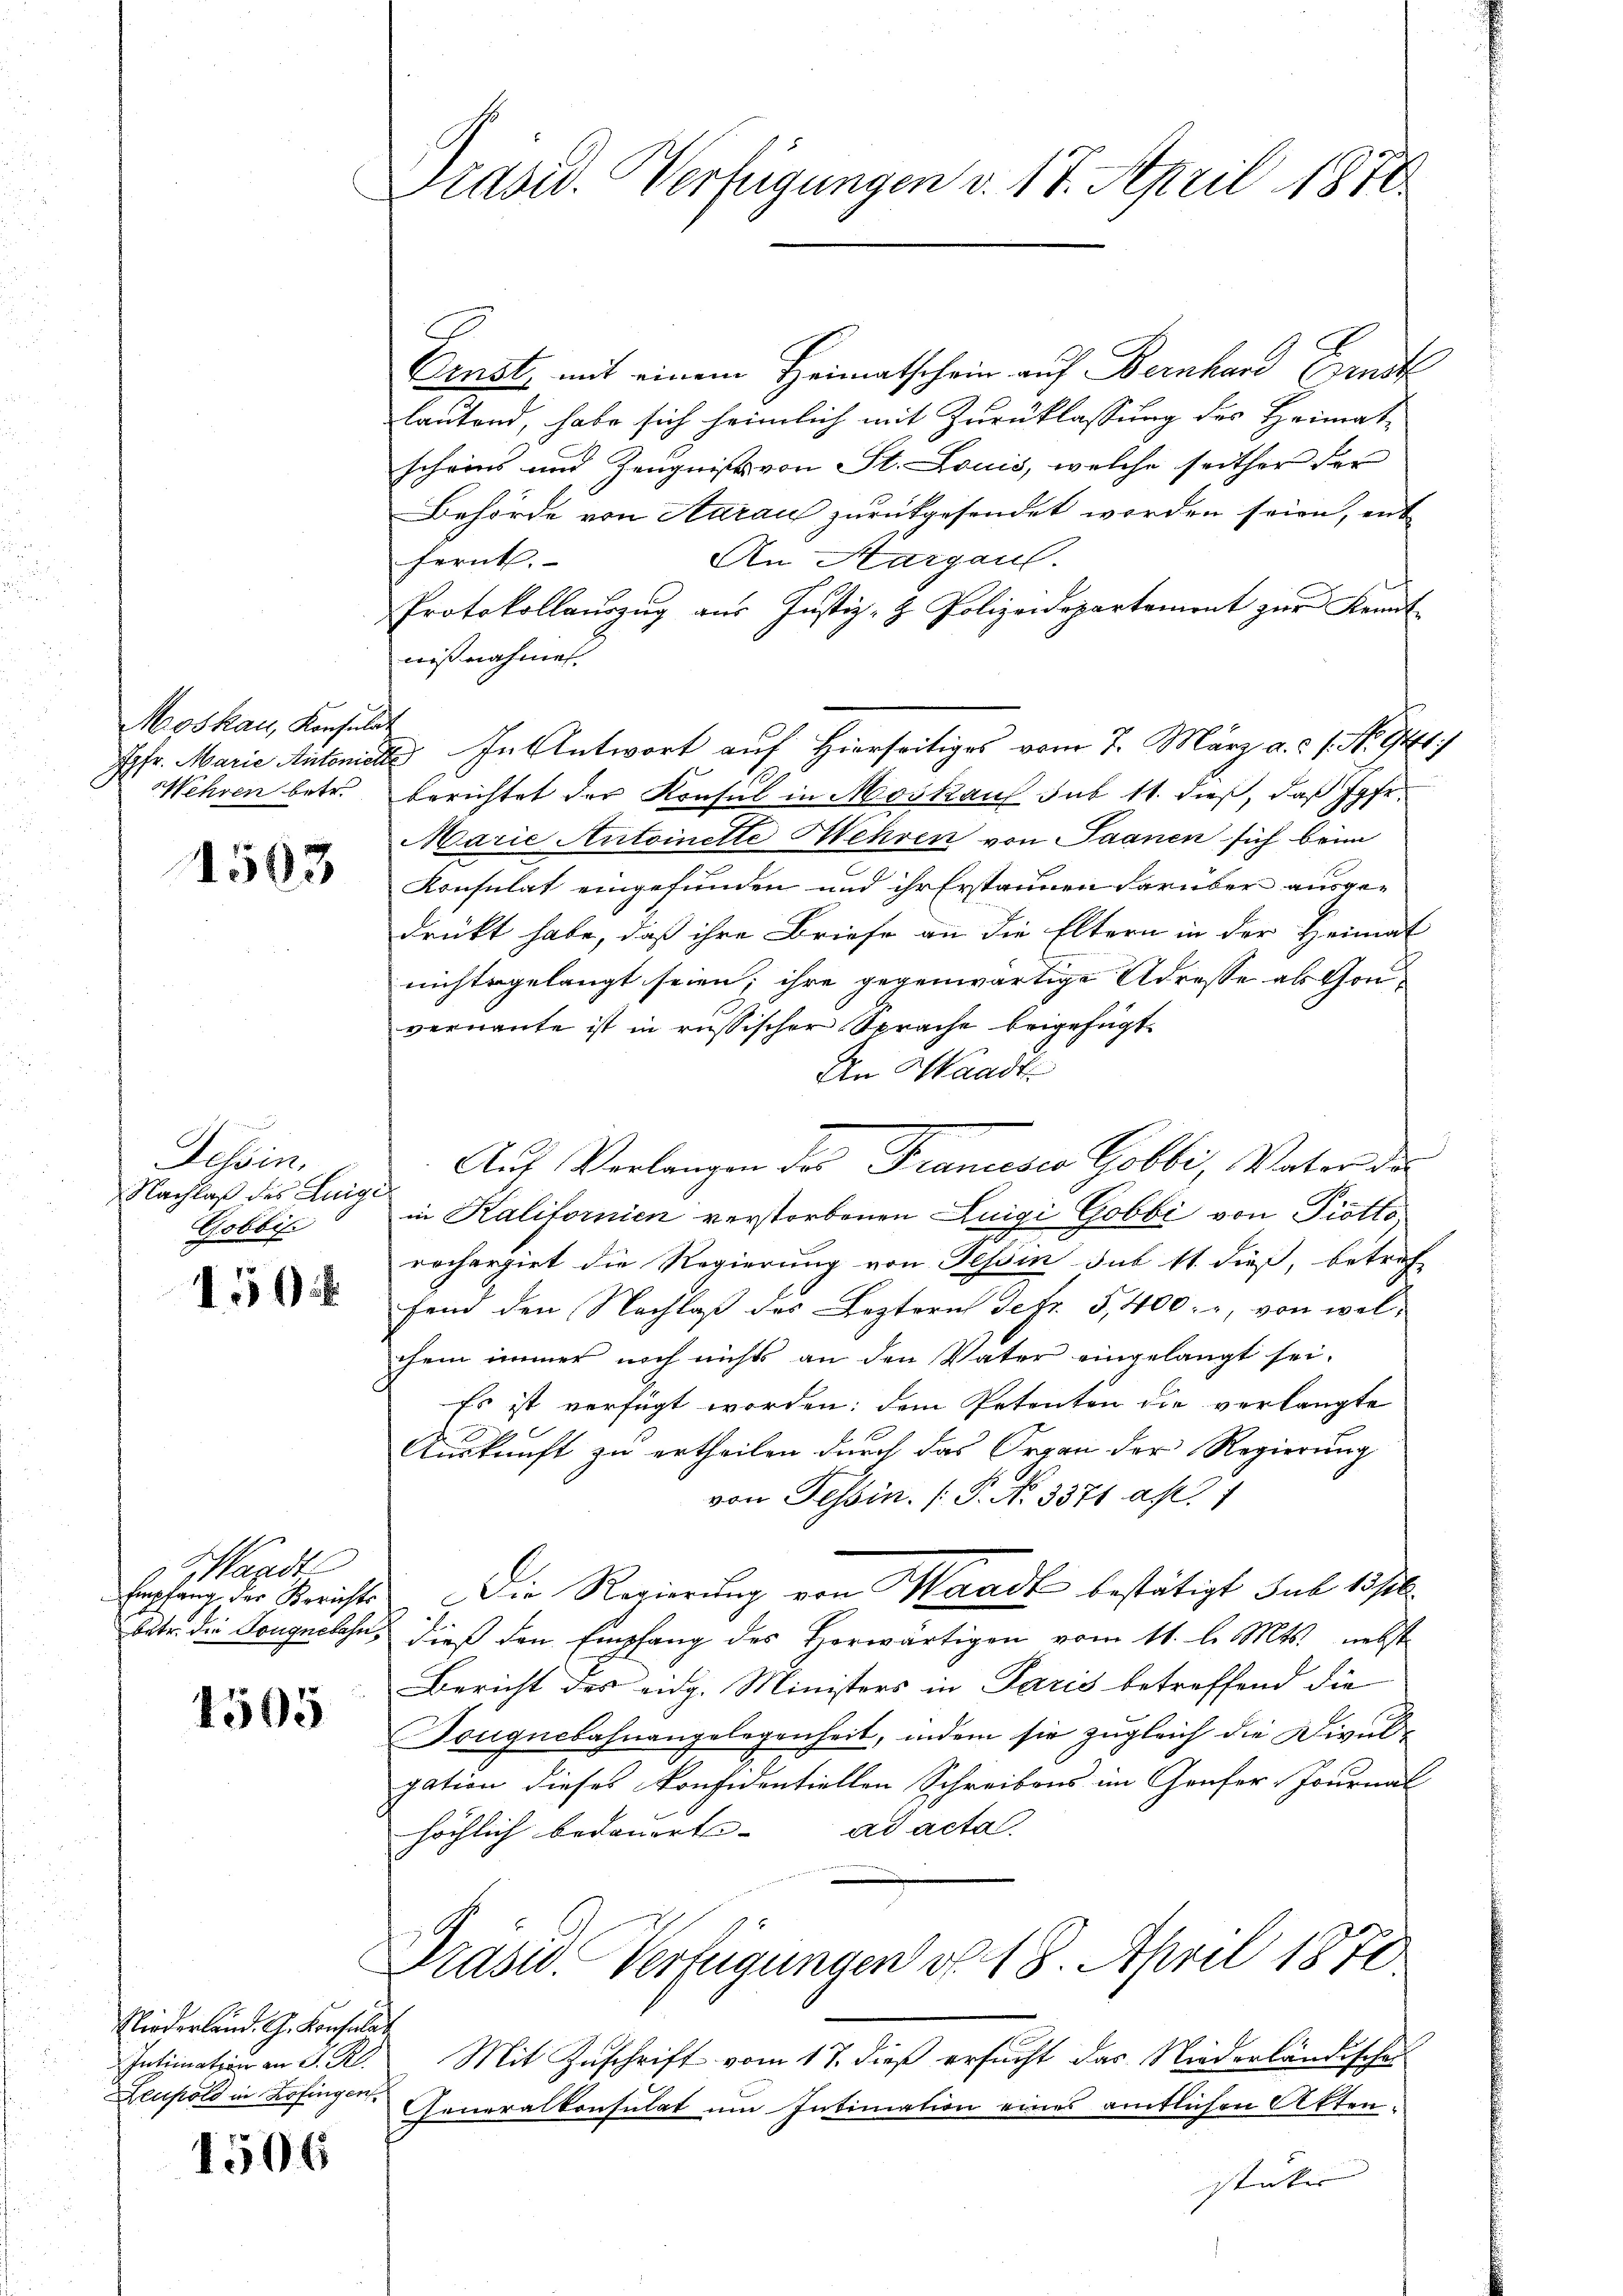
Moskau, Konsulat
Wehren betr.

1503

Tessin,
Nachlaß des Luigi¬
Gobbis

1

Mandt

1505

Niederleid. G. Konsulat
Leuhold in Zofingen

1506

Präsid. Verfügungen v. 17. April 1878

Prnst, mit einem Heimatschein auf Bernhard Grund
lautend, habe sich heimlich mit Zurücklassung des Heimat-
scheins und Zeugnißes von St. Louis, welche seither der
Behörde von Aarau zurückgesendet worden seien, ent¬
An Margaul.
fernt.
Protokollauszug aus Justiz- & Polizeidepartement zur Kennt
nißnahmen.
Jgfr. Marie Autoniolle. In Antwort auf Hierseitiges vom 7. März a. c. s. No. 941)
berichtet der Konsul in Moskauf sub 11. dieß, daß Jgfr.
Marie Antoinette Mehren von Saanen sich beim
Konsulat eingefunden und ihr Erstaunen darüber ausgedrückt habe, daß ihre Briefe an die Eltern in der Heimat
nichtsgelangt seien; ihre gegenwärtige Adresse ab Gonvernannte ist in russischer Sprache beigefügt.
An Waadt
Auf Verlangen des Francesco Gobbi, Vater der
in Kalifornien verstorbenen Luigi Gobbi von Piotto
rochergiet die Regierung von Tessin sub 11 dieß, betref
fend den Nachlaß des Leztern Petr. 3, 400. r, von welchem immer noch nichts an den Vater eingelangt sei.
Es ist verfügt worden; dem Petenten die verlangte
Auskunft zu ertheilen durch das Organ der Regierung
von Tessin. ( P. No 3371 a
Empfang der Berichte. Die Regierung von Waadt bestätigt sub 15/6.
betr. die Tongnchhus dieß den Empfang des Horwärtigen vom 11. l. Mts. nebst
Bericht des eidg. Ministers in Paris betreffend die
Tougnebahnangelegenheit, indem sie zugleich die Divulgation dieses Konfidentiellen Schreibens im Genfer-Journal
höchlich bedauert. ad acta.
Präsid. Verfügungen v. 18. April 1870
Intimation an S. R. Mit Zuschrift vom 17. dieß ersucht das Niederländisches
Generalkonsulat um Intimation eines amtlichen Aktenstücker
s